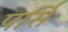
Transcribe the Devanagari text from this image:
पर्सि